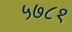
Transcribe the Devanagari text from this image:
५७८१